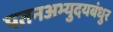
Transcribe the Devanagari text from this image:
पतनअभ्युदयबंधुर